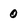
Character: 0